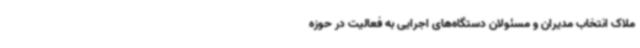
ملاک انتخاب مدیران و مسئولان دستگاه‌های اجرایی به فعالیت در حوزه